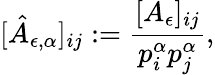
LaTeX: [\hat{A}_{\epsilon,\alpha}]_{ij}:=\frac{[A_{\epsilon}]_{ij}}{p_{i}^{\alpha}p_{j}^{\alpha}},